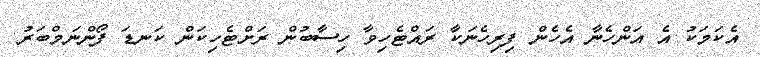
އެކަމަކު އެ އަންހެނާ އެހެން ފިރިހެނަކާ ރައްޓެހިވާ ހިސާބުން ރަށްޓެހިކަން ކަނޑަ ފޯންނަމްބަރު